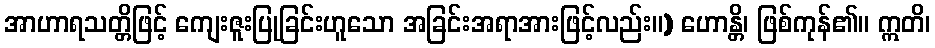
အာဟာရသတ္တိဖြင့် ကျေးဇူးပြုခြင်းဟူသော အခြင်းအရာအားဖြင့်လည်း။) ဟောန္တိ၊ ဖြစ်ကုန်၏။ ဣတိ၊